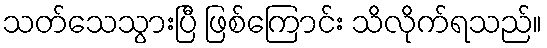
သတ်သေသွားပြီ ဖြစ်ကြောင်း သိလိုက်ရသည်။